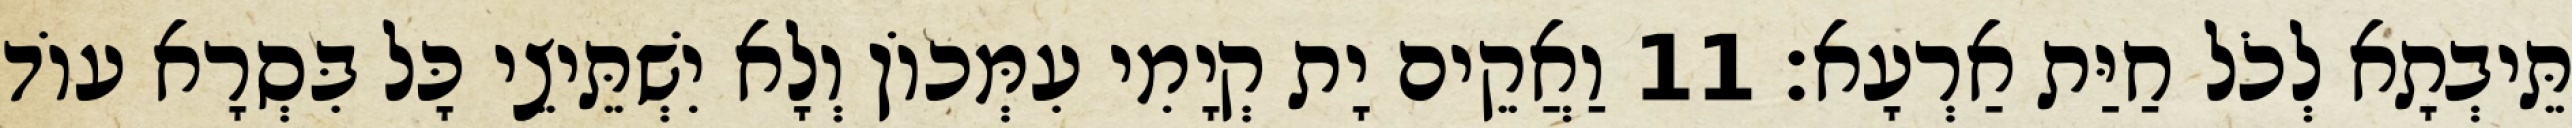
תֵּיבְתָא לְכֹל חַיַּת אַרְעָא׃ 11 וַאֲקֵים יָת קְיָמִי עִמְּכוֹן וְלָא יִשְׁתֵּיצֵי כָּל בִּסְרָא עוֹד